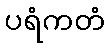
ပရံကတံ